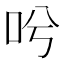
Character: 𠯋